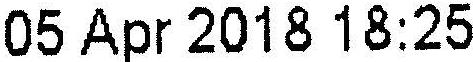
05 APR 2018 18:25